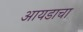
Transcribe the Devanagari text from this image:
आयडाचा